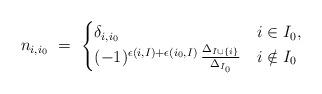
LaTeX: \begin{align*} n_{i,i_0} \ = \ \begin{cases} \delta_{i,i_0} & i\in I_0, \\ (-1)^{\epsilon(i,I)+\epsilon(i_0,I)}\, \frac{\Delta_{I\cup\{i\}}}{\Delta_{I_0}} & i\notin I_0 \end{cases}\end{align*}